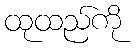
ထုထည်ကို